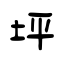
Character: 坪